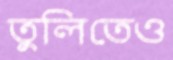
তুলিতেও